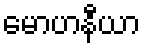
မောဟနီယာ